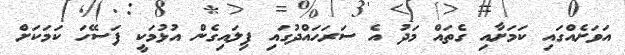
އަވަށެއްގައި ކަމަށާއި ގެތައް މަދު އެ ސަރަހައްދުގައި ފިލައިގެން އުޅުމަކީ ފަސޭހަ ކަމަކަށް